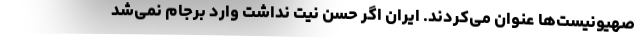
صهیونیست‌ها عنوان می‌کردند. ایران اگر حسن نیت نداشت وارد برجام نمی‌شد